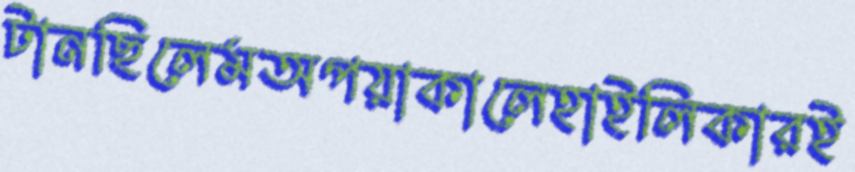
টানছিলেমঅপয়াকালেহাইলিকারই